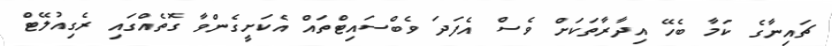
ޗައިނާގެ ކަމާ ބެހޭ އިދާރާތަކަށް ވެސް އެފަދަ ވެބްސައިޓްތައް އެކަށީގެންވާ ގޮތެއްގައި ރެގިއުލޭޓް